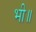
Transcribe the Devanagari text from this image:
भी॥